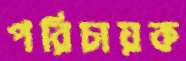
পরিচায়ক